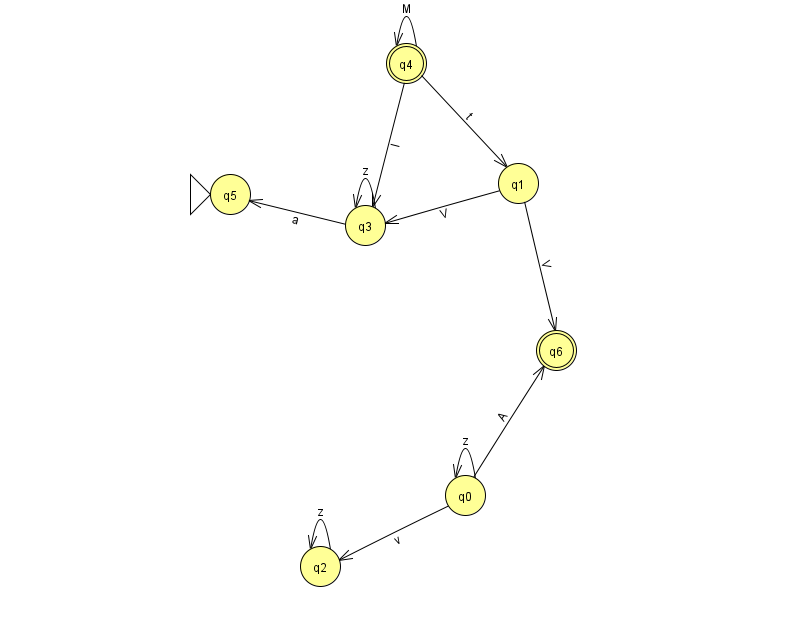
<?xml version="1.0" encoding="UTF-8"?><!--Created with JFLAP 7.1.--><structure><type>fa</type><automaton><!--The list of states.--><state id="0" name="q0"><x>465.0</x><y>482.0</y></state><state id="1" name="q1"><x>518.0</x><y>170.0</y></state><state id="2" name="q2"><x>320.0</x><y>553.0</y></state><state id="3" name="q3"><x>365.0</x><y>212.0</y></state><state id="4" name="q4"><x>406.0</x><y>50.0</y><final/></state><state id="5" name="q5"><x>230.0</x><y>181.0</y><initial/></state><state id="6" name="q6"><x>556.0</x><y>337.0</y><final/></state><!--The list of transitions.--><transition><from>1</from><to>3</to><read>V</read></transition><transition><from>4</from><to>1</to><read>t</read></transition><transition><from>0</from><to>0</to><read>z</read></transition><transition><from>2</from><to>2</to><read>z</read></transition><transition><from>3</from><to>3</to><read>z</read></transition><transition><from>1</from><to>6</to><read>V</read></transition><transition><from>3</from><to>5</to><read>a</read></transition><transition><from>0</from><to>2</to><read>v</read></transition><transition><from>0</from><to>6</to><read>A</read></transition><transition><from>4</from><to>4</to><read>M</read></transition><transition><from>4</from><to>3</to><read>I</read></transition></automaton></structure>